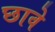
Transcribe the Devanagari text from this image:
छावे